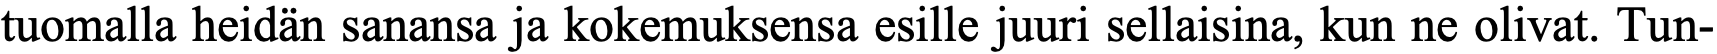
tuomalla heidän sanansa ja kokemuksensa esille juuri sellaisina, kun ne olivat. Tun-